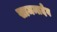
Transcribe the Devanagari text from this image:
सामन्तदेव